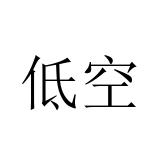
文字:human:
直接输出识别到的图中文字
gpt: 低空